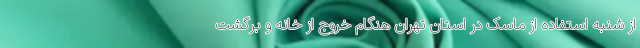
از شنبه استفاده از ماسک در استان تهران هنگام خروج از خانه و برگشت